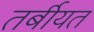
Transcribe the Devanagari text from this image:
तर्बीयत